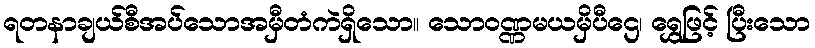
ရတနာချယ်စီအပ်သောအမှီတံကဲရှိသော။ သောဝဏ္ဏမယမှိပီဌေ၊ ရွှေဖြင့် ပြီးသော